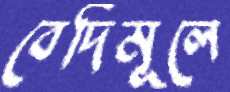
বেদিমূলে